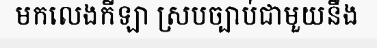
មកលេងកីឡា ស្របច្បាប់ជាមួយនឹង